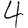
Digit: 4